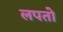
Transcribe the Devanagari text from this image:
लपतो